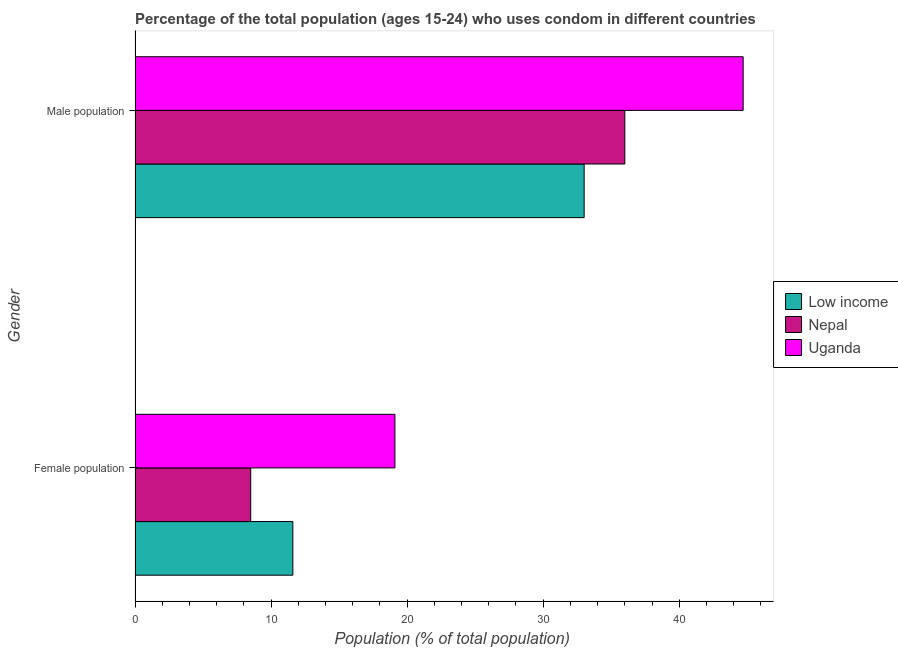
| Gender | Low income | Nepal | Uganda |
 | --- | --- | --- | --- |
 | Female population | 11.6 | 8.5 | 19.1 |
 | Male population | 33 | 36 | 44.7 |